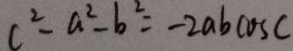
c ^ { 2 } - a ^ { 2 } - b ^ { 2 } = - 2 a b \cos c